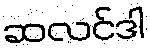
ဆလင်ဒါ